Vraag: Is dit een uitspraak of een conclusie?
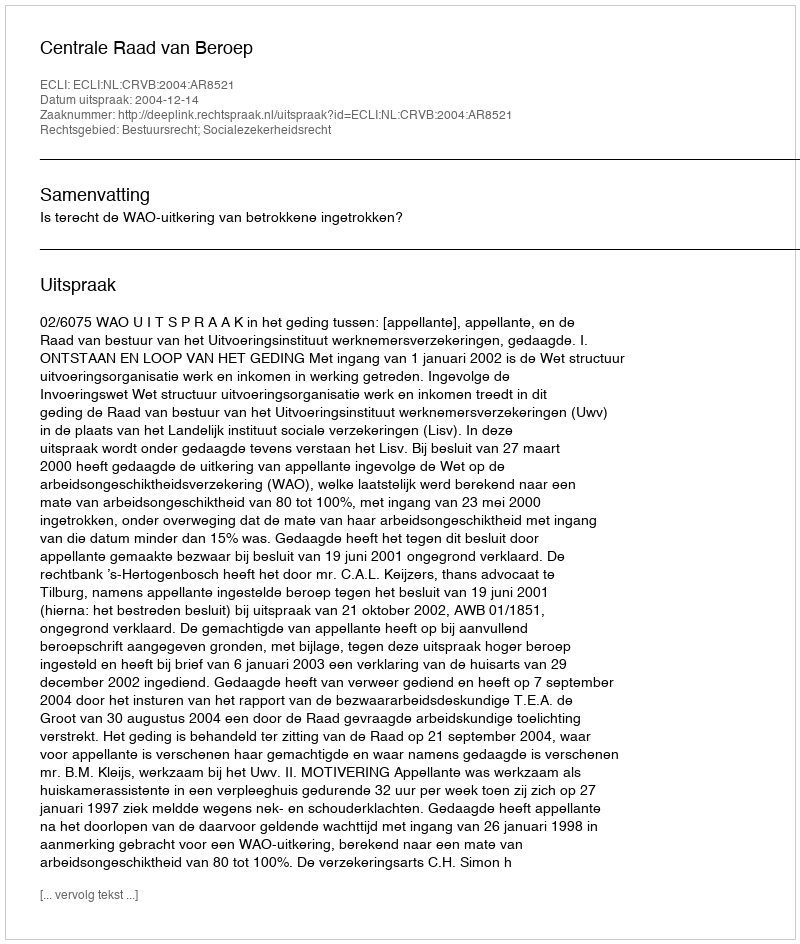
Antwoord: Uitspraak